Report on vaccination in Madras 1895-1903 - 1895-1903
Year: 1895
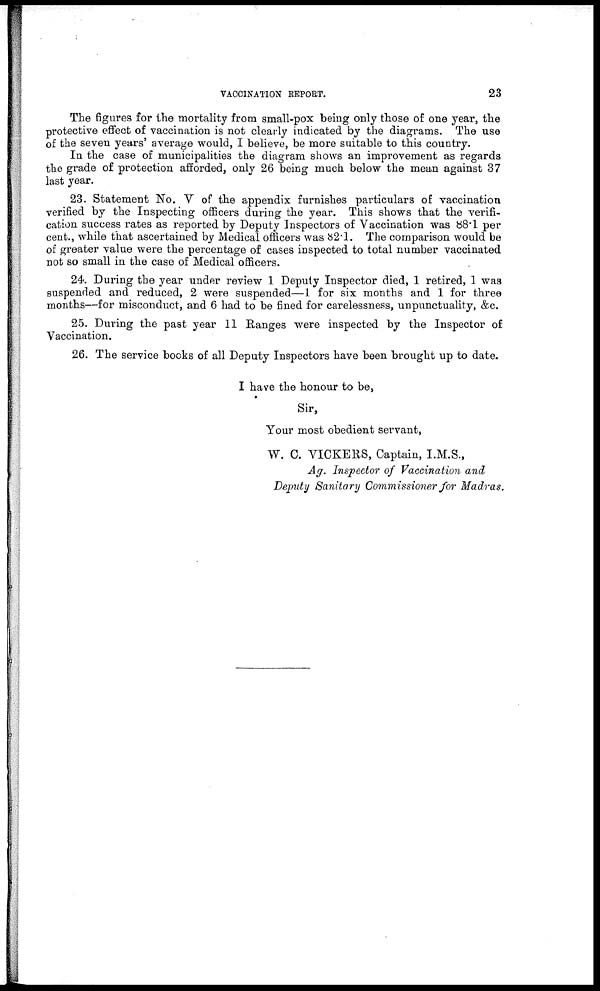
VACCINATION REPORT.
23
The figures for the mortality from small-pox being only those of one year, the
protective effect of vaccination is not clearly indicated by the diagrams. The use
of the seven years' average would, I believe, be more suitable to this country.
In the case of municipalities the diagram shows an improvement as regards
the grade of protection afforded, only 26 being much below the mean against 37
last year.
23. Statement No. V of the appendix furnishes particulars of vaccination
verified by the Inspecting officers during the year. This shows that the verifi-
cation success rates as reported by Deputy Inspectors of Vaccination was 88.1 per
cent., while that ascertained by Medical officers was 82.1. The comparison would be
of greater value were the percentage of cases inspected to total number vaccinated
not so small in the case of Medical officers.
24. During the year under review 1 Deputy Inspector died, 1 retired, 1 was
suspended and reduced, 2 were suspended—1 for six months and 1 for three
months—for misconduct, and 6 had to be fined for carelessness, unpunctuality, &c.
25. During the past year 11 Ranges were inspected by the Inspector of
Vaccination.
26. The service books of all Deputy Inspectors have been brought up to date.
I have the honour to be,
Sir,
Your most obedient servant,
W. C. VICKERS, Captain, I.M.S.,
Ag. Inspector of Vaccination and
Deputy Sanitary Commissioner for Madras.